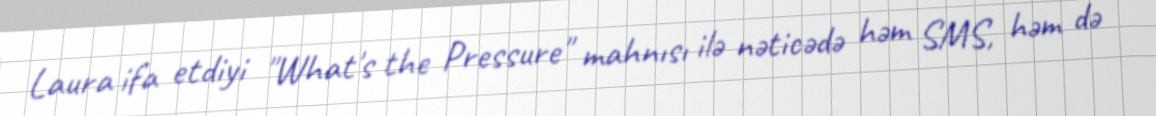
Laura ifa etdiyi "What's the Pressure" mahnısı ilə nəticədə həm SMS, həm də